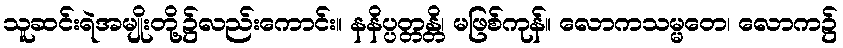
သူဆင်းရဲအမျိုးတို့၌လည်းကောင်း။ နနိပ္ပတ္တန္တိ၊ မဖြစ်ကုန်။ လောကသမ္မတေ၊ လောက၌